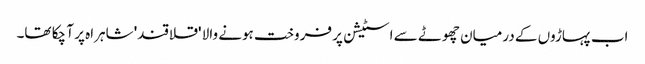
اب پہاڑوں کے درمیان چھوٹے سے اسٹیشن پر فروخت ہونے والا 'قلاقند' شاہراہ پر آ چکا تھا۔